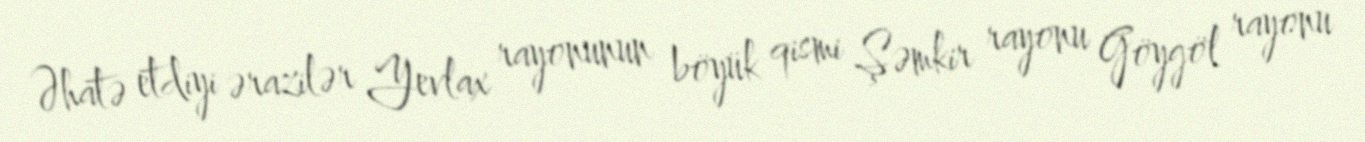
Əhatə etdiyi ərazilər Yevlax rayonunun böyük qismi Şəmkir rayonu Göygöl rayonu